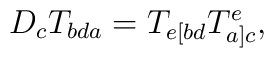
D_cT_{bda}=T_{e[bd}T_{a]c}^e,